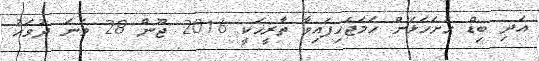
އަދި ބިޑް ހުށަހަޅަން ހަމަޖެހިފައިވާ ތާރީޚަކީ 2016 ޖޫން 28 ވަނަ ދުވަހު